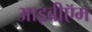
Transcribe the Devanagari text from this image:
आइबीऍम